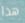
هذا